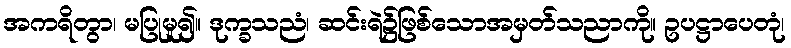
အကရိတွာ၊ မပြုမူ၍။ ဒုက္ခသညံ၊ ဆင်းရဲ၌ဖြစ်သောအမှတ်သညာကို။ ဥပဋ္ဌာပေတုံ၊